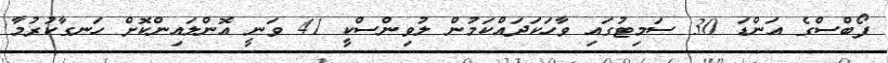
ފޯބްސްގެ އަންޑަ 30 ސަމިޓުގައި ވާހަކަދައްކަމުން ލުވިންސްކީ 41 ވަނީ އޮންލައިންކޮށް ހަނގާކުރުމާ